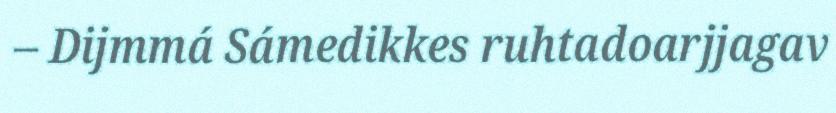
– Dijmmá Sámedikkes ruhtadoarjjagav